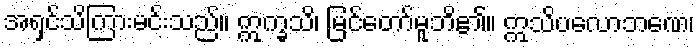
အရှင်သိကြားမင်းသည်။ ဣက္ခသိ၊ မြင်တော်မူဘိ၏။ ဣသိပလောဘဏေ၊